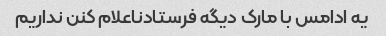
یه ادامس با مارک دیگه فرستادناعلام کنن نداریم